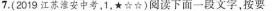
7.（2017江苏淮安中考，1★☆☆）阅读下面一段文字，按要